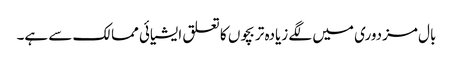
بال مزدوری میں لگے زیادہ تر بچوں کا تعلق ایشیائی ممالک سے ہے۔